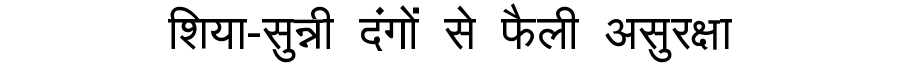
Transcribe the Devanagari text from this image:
शिया-सुन्नी दंगों से फैली असुरक्षा